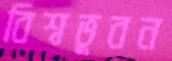
বিশ্বভুবন